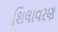
શિલાવરણ